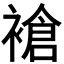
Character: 𬡧